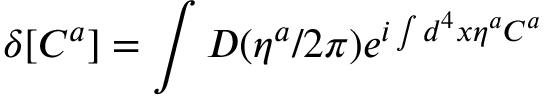
\delta [ C ^ { a } ] = \int D ( \eta ^ { a } / 2 \pi ) e ^ { i \int d ^ { 4 } x \eta ^ { a } C ^ { a } }